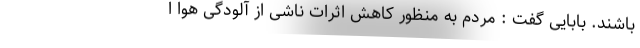
باشند. بابایی گفت : مردم به منظور کاهش اثرات ناشی از آلودگی هوا ا